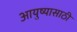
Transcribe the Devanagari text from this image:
आयुष्यासाठी